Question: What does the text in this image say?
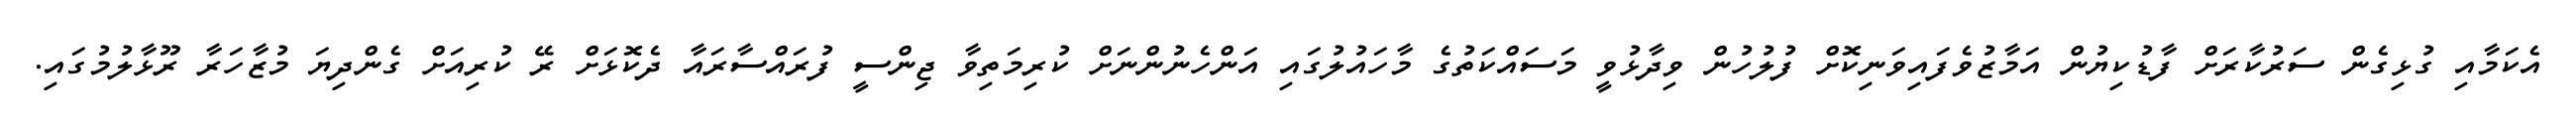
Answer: އެކަމާއި ގުޅިގެން ސަރުކާރަށް ފާޑުކިޔުން އަމާޒުވެފައިވަނިކޮށް ފުލުހުން ވިދާޅުވީ މަސައްކަތުގެ މާހައުލުގައި އަންހެނުންނަށް ކުރިމަތިވާ ޖިންސީ ފުރައްސާރައާ ދެކޮޅަށް ރޭ ކުރިއަށް ގެންދިޔަ މުޒާހަރާ ރޫޅާލުމުގައި.